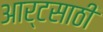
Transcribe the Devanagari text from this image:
आर्टसाठी